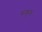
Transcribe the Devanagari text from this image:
रूकुअ